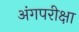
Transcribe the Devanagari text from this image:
अंगपरीक्षा